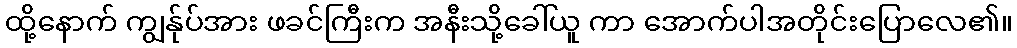
ထို့နောက် ကျွန်ုပ်အား ဖခင်ကြီးက အနီးသို့ခေါ်ယူ ကာ အောက်ပါအတိုင်းပြောလေ၏။